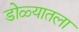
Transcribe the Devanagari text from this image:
डोळ्यातला